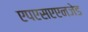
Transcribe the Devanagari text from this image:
एपएसएएनजेड